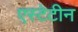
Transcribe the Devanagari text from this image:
एस्टेटीन